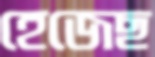
হেজেছ